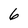
Character: 6